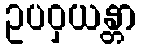
ဥပဝှယန္တာ